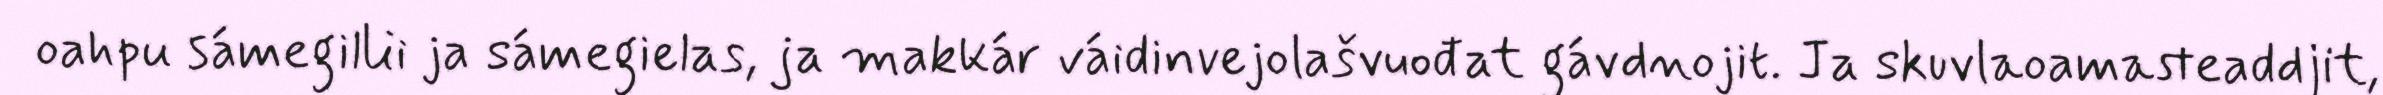
oahpu sámegillii ja sámegielas, ja makkár váidinvejolašvuođat gávdnojit. Ja skuvlaoamasteaddjit,